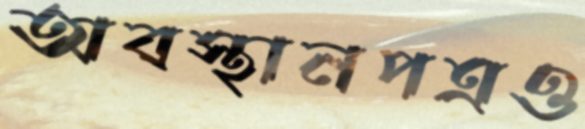
অবস্থানপত্রও